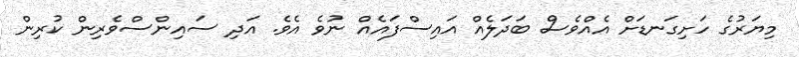
މިޔަރުގެ ހަށިގަނޑަށް އެއްވެސް ބަދަލެއް އައިސްފައެއް ނުވެ އެވެ. އަދި ސައިންސްވެރިން ކުރިން